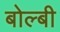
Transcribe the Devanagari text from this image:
बोल्बी